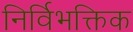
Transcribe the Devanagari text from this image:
निर्विभक्तिक